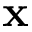
\bf { x }